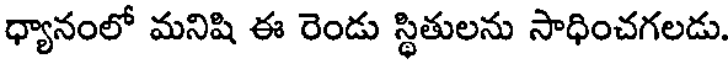
ధ్యానంలో మనిషి ఈ రెండు స్థితులను సాధించగలడు.